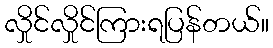
လှိုင်လှိုင်ကြားရပြန်တယ်။